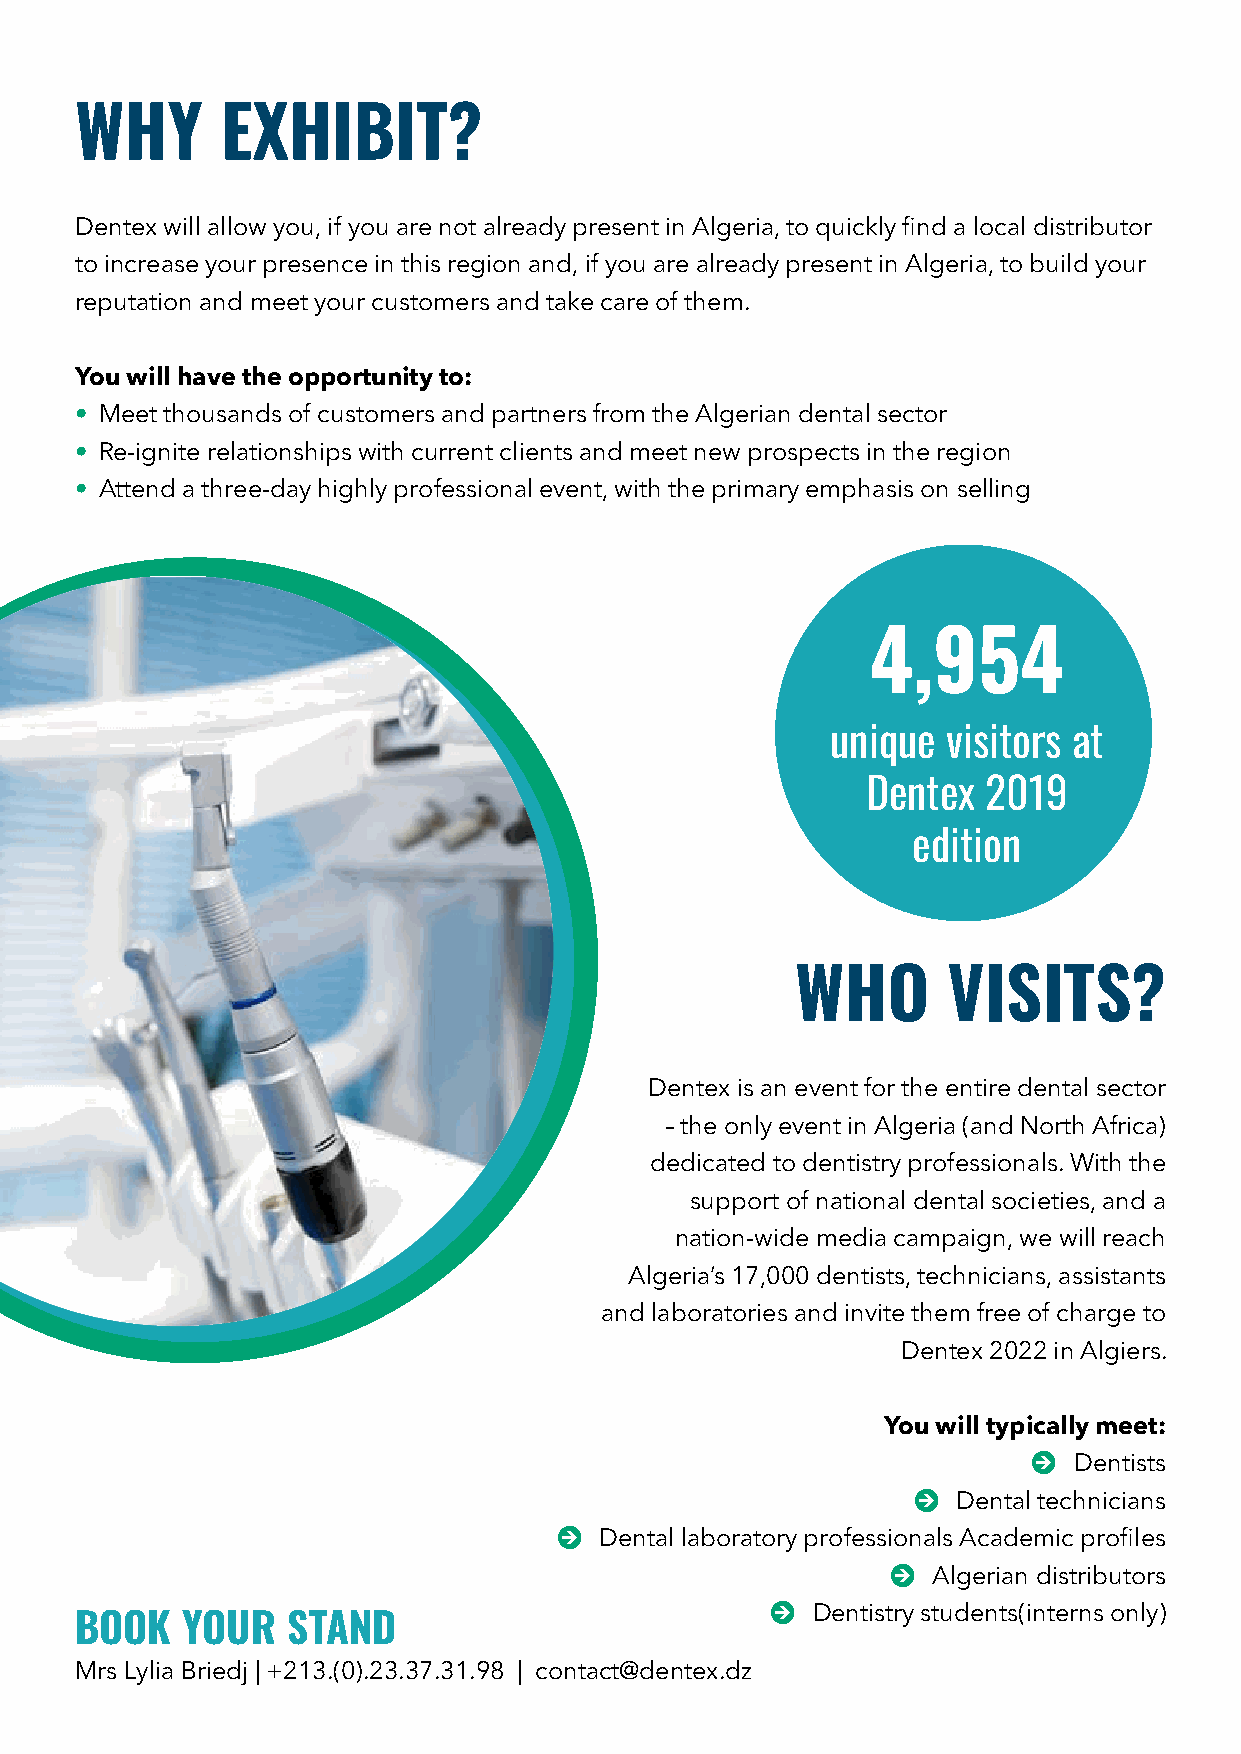
WHY       EXHIBIT?
 Dentex will allow you, if you are not already present in Algeria, to quickly find a local distributor
 to increase your presence in this region and, if you are already present in Algeria, to build your
 reputation and meet your customers and take care of them.
 You will have the opportunity to:
 • Meet thousands of customers and partners from the Algerian dental sector
 • Re-ignite relationships with current clients and meet new prospects in the region
 • Attend a three-day highly professional event, with the primary emphasis on selling
 4,954
 unique  visitors at
 Dentex  2019
 edition
 WHO       VISITS?
 Dentex is an event for the entire dental sector
 – the only event in Algeria (and North Africa)
 dedicated to dentistry professionals. With the
 support of national dental societies, and a
 nation-wide media campaign, we will reach
 Algeria’s 17,000 dentists, technicians, assistants
 and laboratories and invite them free of charge to
 Dentex 2022 in Algiers.
 You will typically meet:
 J  Dentists
 J Dental technicians
 J  Dental laboratory professionals Academic profiles
 J  Algerian distributors
 J  Dentistry students(interns only)
 BOOK   YOUR   STAND
 Mrs Lylia Briedj | +213.(0).23.37.31.98 | contact@dentex.dz